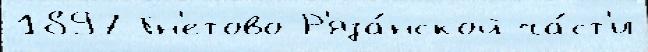
1897 Гн'етово Р'яза́нской ча́ст'и